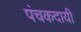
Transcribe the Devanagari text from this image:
पंचकदायी